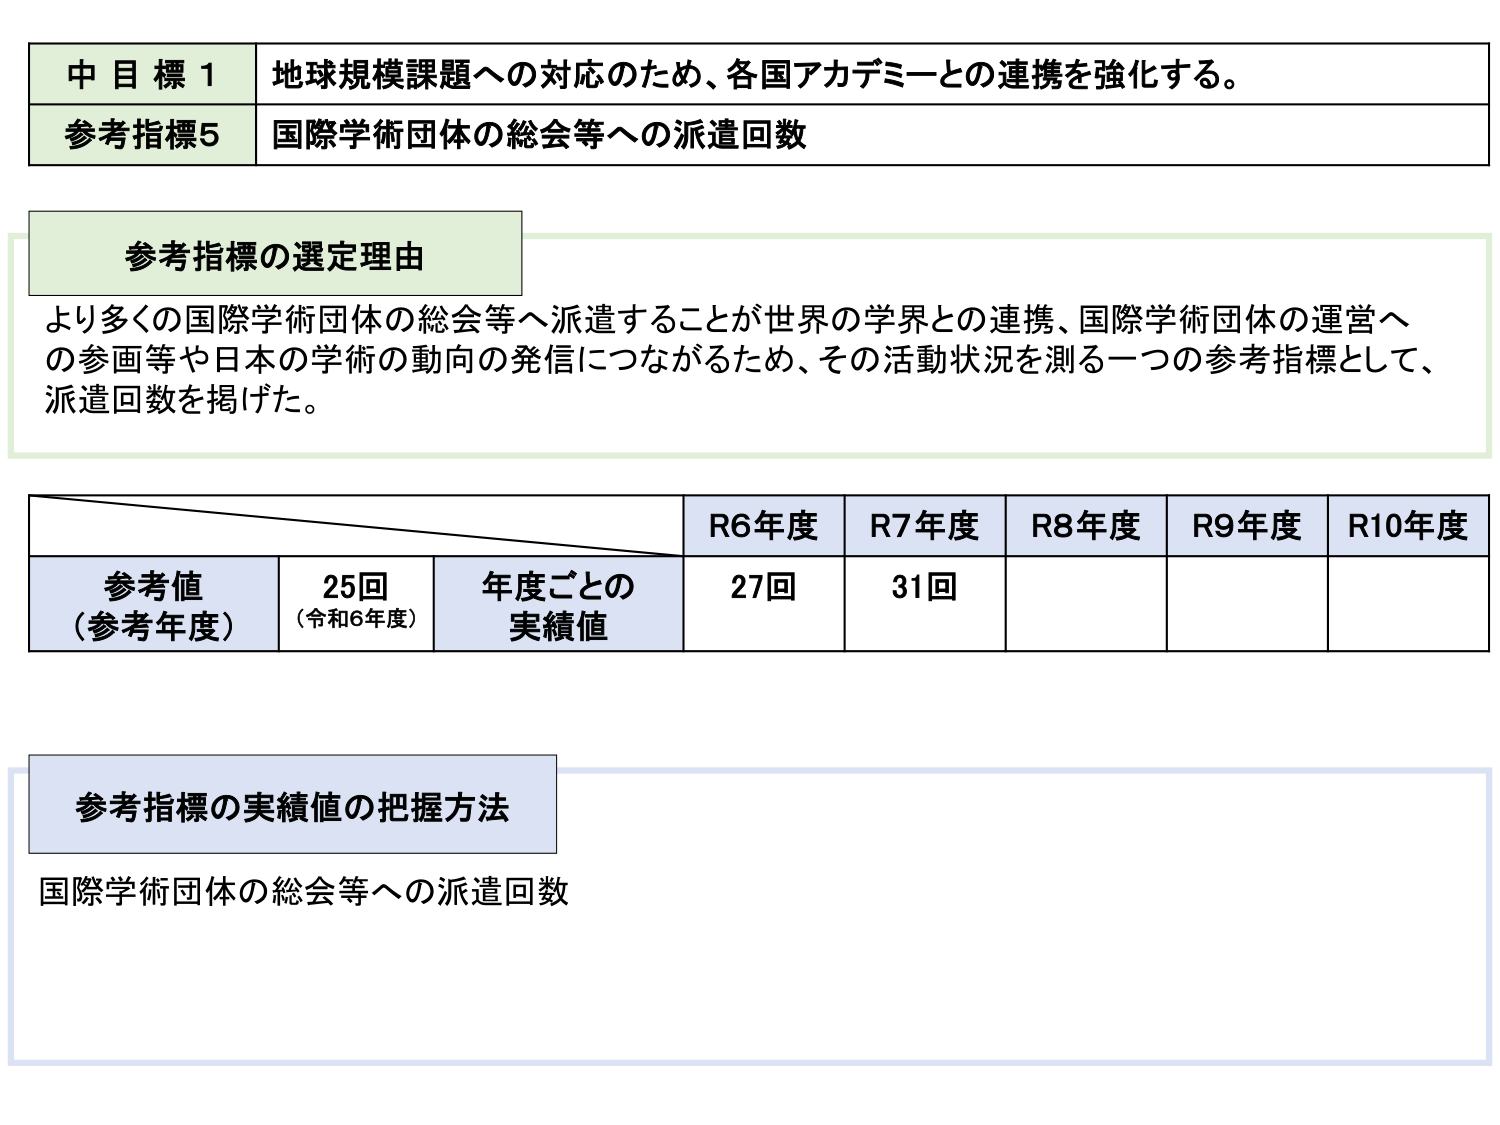
中目標1 地球規模課題への対応のため、各国アカデミーとの連携を強化する。
参考指標5 国際学術団体の総会等への派遣回数

参考指標の選定理由
より多くの国際学術団体の総会等へ派遣することが世界の学界との連携、国際学術団体の運営への参画等や日本の学術の動向の発信につながるため、その活動状況を測る一つの参考指標として、派遣回数を掲げた。

R6年度 R7年度 R8年度 R9年度 R10年度
参考値（参考年度） 25回（令和6年度） 年度ごとの実績値 27回 31回

参考指標の実績値の把握方法
国際学術団体の総会等への派遣回数